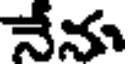
నేను